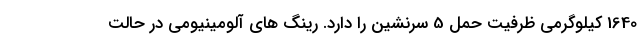
1640 کیلوگرمی ظرفیت حمل 5 سرنشین را دارد. رینگ های آلومینیومی در حالت